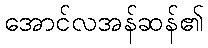
အောင်လအန်ဆန်၏